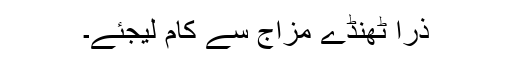
ذرا ٹھنڈے مزاج سے کام لیجئے۔